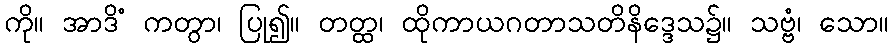
ကို။ အာဒိံ ကတွာ၊ ပြု၍။ တတ္ထ၊ ထိုကာယဂတာသတိနိဒ္ဒေသ၌။ သဗ္ဗံ၊ သော။